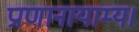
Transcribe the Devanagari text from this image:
प्राणानायाम्य।